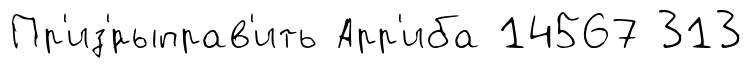
Пр'из'́рыправ'ить Арр'иба 14567 313